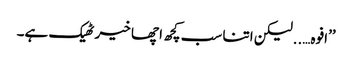
’’افوہ…..لیکن اتنا سب کچھ اچھا خیر ٹھیک ہے۔